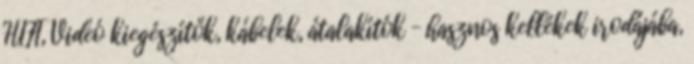
HIFI, Videó kiegészítők, kábelek, átalakítók – hasznos kellékek irodájába,